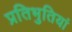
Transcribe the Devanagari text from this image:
प्रतिभुतियां